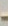
-